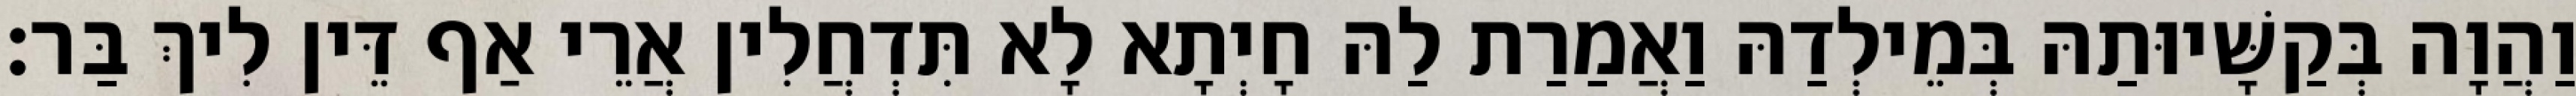
וַהֲוָה בְּקַשָּׁיוּתַהּ בְּמֵילְדַהּ וַאֲמַרַת לַהּ חָיְתָא לָא תִּדְחֲלִין אֲרֵי אַף דֵּין לִיךְ בַּר׃